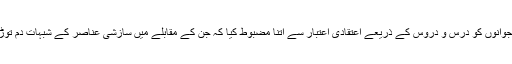
آپ نے نوجوانوں کو درس و دروس کے ذریعے اعتقادی اعتبار سے اتنا مضبوط کیا کہ جن کے مقابلے میں سازشی عناصر کے شبہات دم توڑ لیتے ہیں۔